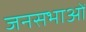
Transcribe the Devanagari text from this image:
जनसभाआें